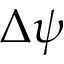
\Delta \psi